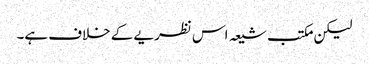
لیکن مکتب شیعہ اس نظریے کے خلاف ہے۔